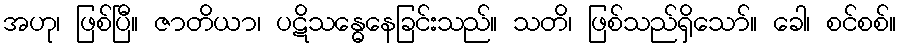
အဟု၊ ဖြစ်ပြီ။ ဇာတိယာ၊ ပဋိသန္ဓေနေခြင်းသည်။ သတိ၊ ဖြစ်သည်ရှိသော်။ ခေါ၊ စင်စစ်။